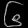
Digit: ၆